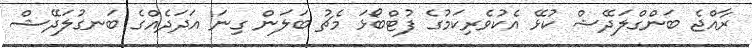
ރާއްޖެ ބަންގްލަދޭޝް ކުޅޭ އެކުވެރިކަމުގެ ފުޓްބޯޅަ މެޗު ބަލަން ގިނަ އަދަދެއްގެ ބަނގުލަދޭޝް